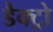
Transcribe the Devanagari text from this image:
डैक्ट्रो